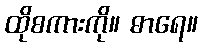
ထိုစကားကို။ ဓာရေ။